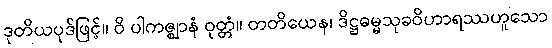
ဒုတိယပုဒ်ဖြင့်။ ဝိ ပါကဇ္ဈာနံ ဝုတ္တံ။ တတိယေန၊ ဒိဋ္ဌဓမ္မသုခဝိဟာရဿဟူသော